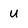
Character: U